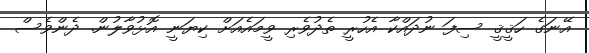
އޭނަގެ ހަޤީޤީ ސިފަ ނުދައްކާ އެހުރީ ތެދުވެރި ވީމައެއަށް ކިޔަނީ އޮޅުވާލުން. ދެންވެސް